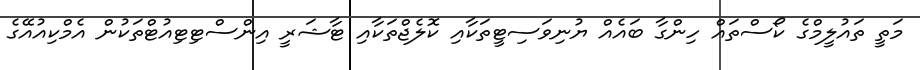
މަތީ ތައުލީމްގެ ކޯސްތައް ހިންގާ ބައެއް ޔުނިވަސިޓީތަކާއި ކޮލެޖްތަކާއި ޓާޝަރީ އިންސްޓިޓިއުޓްތަކުން އެމްކިއުއޭގެ